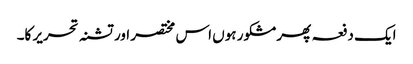
ایک دفعہ پھر مشکور ہوں اس مختصر اور تشنہ تحریر کا۔